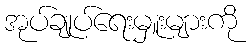
အုပ်ချုပ်ရေးမှူးများကို